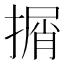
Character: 㨝